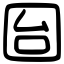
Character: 囼